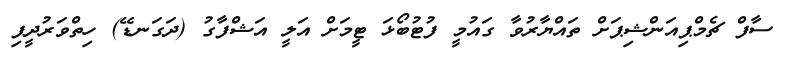
ސާފް ޗެމްޕިއަންޝިޕަށް ތައްޔާރުވާ ގައުމީ ފުޓުބޯޅަ ޓީމަށް އަލީ އަޝްފާގު (ދަގަނޑޭ) ހިތްވަރުދީފި